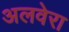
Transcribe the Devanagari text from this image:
अलवेरा